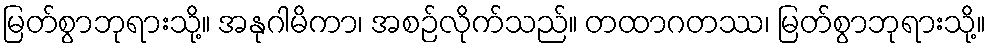
မြတ်စွာဘုရားသို့။ အနုဂါမိကာ၊ အစဉ်လိုက်သည်။ တထာဂတဿ၊ မြတ်စွာဘုရားသို့။